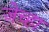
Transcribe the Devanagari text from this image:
जेच्हा